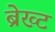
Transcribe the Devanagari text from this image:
ब्रेख्ट